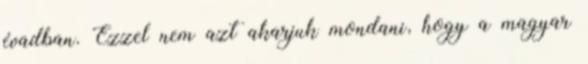
évadban. Ezzel nem azt akarjuk mondani, hogy a magyar